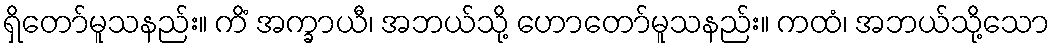
ရှိတော်မူသနည်း။ ကိံ အက္ခာယီ၊ အဘယ်သို့ ဟောတော်မူသနည်း။ ကထံ၊ အဘယ်သို့သော